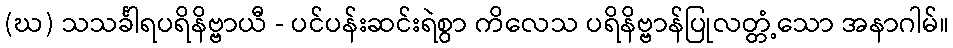
(ဃ) သသင်္ခါရပရိနိဗ္ဗာယီ - ပင်ပန်းဆင်းရဲစွာ ကိလေသ ပရိနိဗ္ဗာန်ပြုလတ္တံ့သော အနာဂါမ်။